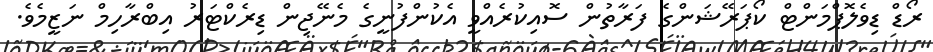
ރޯޑް ޑިވެލޮޕްމަންޓް ކޯޕަރޭޝަންގެ ފަރާތުން ސޮއިކުރެއްވީ އެކުންފުނީގެ މެނޭޖިން ޑިރެކްޓަރު އިބްރާހިމް ނަޒީމެވެ.